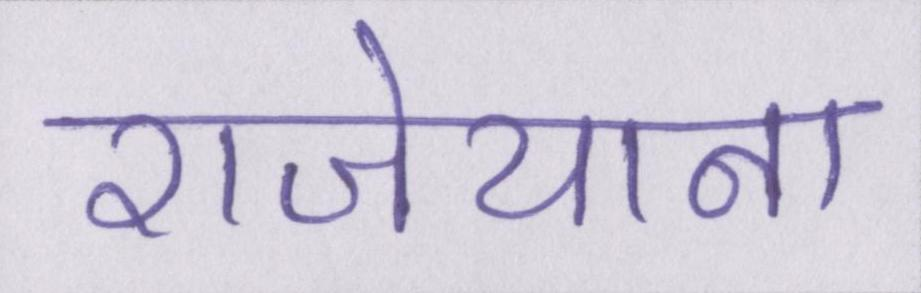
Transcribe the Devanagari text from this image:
राजेयाना